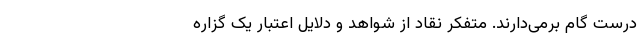
درست گام برمی‌دارند. متفکر نقاد از شواهد و دلایل اعتبار یک گزاره